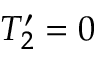
T _ { 2 } ^ { \prime } = 0